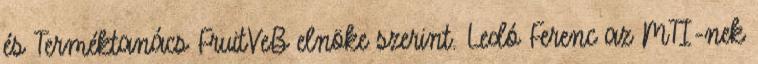
és Terméktanács FruitVeB elnöke szerint. Ledó Ferenc az MTI-nek